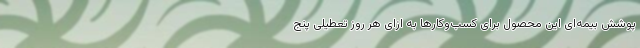
پوشش بیمه‌ای این محصول برای کسب‌وکارها به ازای هر روز تعطیلی پنج